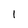
Character: 1